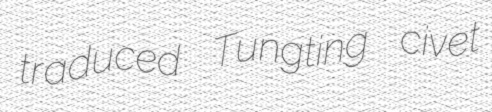
traduced Tungting civet